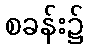
စခန်း၌